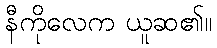
နီကိုလေက ယူဆ၏။